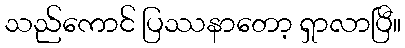
သည်ကောင် ပြဿနာတော့ ရှာလာပြီ။